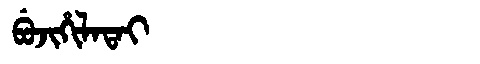
Manchu: ᠪᡠᠵᡳᡥᡳᠯᠠᡨᠠᡳ
Romanization: BUJIHILATAI